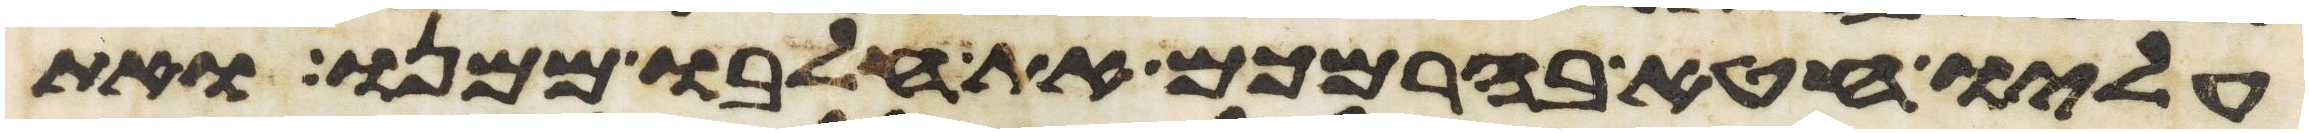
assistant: עליו חטא בהרמכם את חלבו ממנו ואת